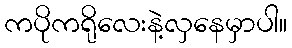
ကပိုကရိုလေးနဲ့လှနေမှာပါ။